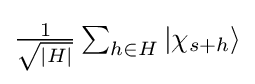
{\textstyle {\frac {1}{\sqrt {|H|}}}\sum _{h\in H}|\chi _{s+h}\rangle }